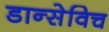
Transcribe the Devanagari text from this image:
डान्सेविच